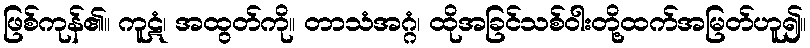
ဖြစ်ကုန်၏။ ကူဋံ၊ အထွတ်ကို။ တာသံအဂ္ဂံ၊ ထိုအခြင်သစ်ဝါးတို့ထက်အမြတ်ဟူ၍။